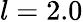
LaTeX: l=2.0